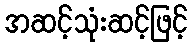
အဆင့်သုံးဆင့်ဖြင့်